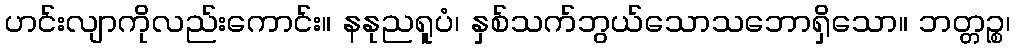
ဟင်းလျာကိုလည်းကောင်း။ နနုညရူပံ၊ နှစ်သက်ဘွယ်သောသဘောရှိသော။ ဘတ္တဉ္စ၊